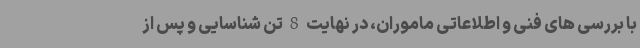
با بررسی های فنی و اطلاعاتی ماموران، در نهایت 8 تن شناسایی و پس از